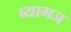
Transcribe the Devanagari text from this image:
ब्यागज